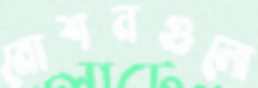
মোশনগুলো